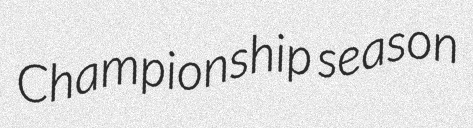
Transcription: Championship season